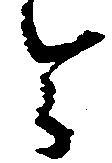
令